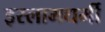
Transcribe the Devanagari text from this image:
इस्लामधर्मी